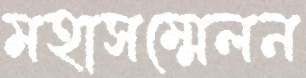
মহাসম্মেলন